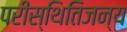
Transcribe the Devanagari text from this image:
परीस्थितिजन्य